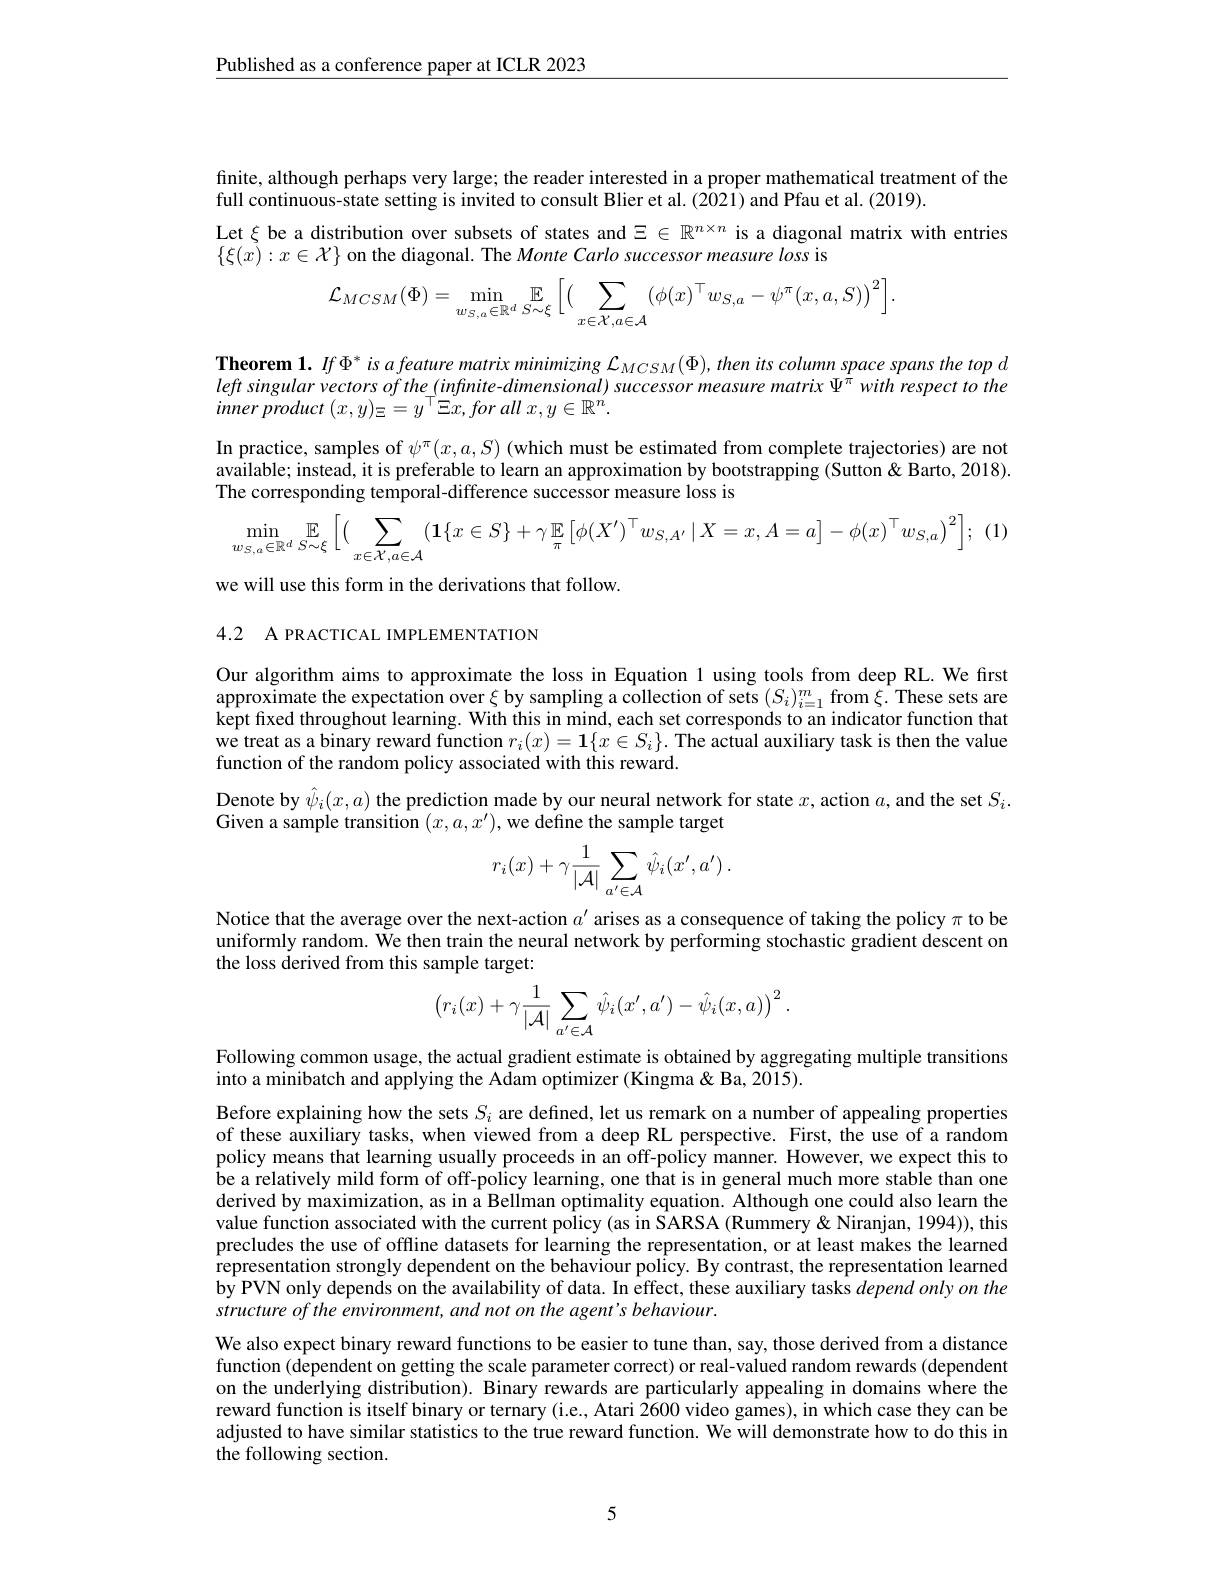
Published as a conference paper at ICLR 2023

finite, although perhaps very large; the reader interested in a proper mathematical treatment of the
full continuous-state setting is invited to consult Blier et al. (2021) and Pfau et al. (2019).
Let $\xi$ be a distribution over subsets of states and $\Xi\in\mathbb{R}^n\times n$ is a diagonal matrix with entries
$\{\xi(x):x\in\mathcal{X}\}$ on the diagonal. The Monte Carlo successor measure loss is
$$\mathcal{L}_{MCSM}(\Phi)=\operatorname*{min}_{w_{S,a}\in\mathbb{R}^{d}}\mathbb{E}_{S\sim\xi}\bigg[\big(\sum_{x\in\mathcal{X},a\in\mathcal{A}}\big(\phi(x)^{\top}w_{S,a}-\psi^{\pi}(x,a,S)\big)^{2}\bigg].$$
Theorem 1. $If\Phi^*$ is afeature matrix minimizing $\mathcal{L}_MCSM(\Phi),then$ its column space spans the top d $leftsingularvectorsofthe_{-}(infinite-dimensional)successormeasurematrix\Psi^{\pi}withrespecttothe$ inner product $( x, y) _{\Xi }= y^{\top }\Xi x, for$ all $x, y\in \mathbb{R} ^{n^{\prime }}.$

In practice, samples of $\psi^\pi(x,a,S)$ (which must be estimated from complete trajectories) are not available; instead, it is preferable to learn an approximation by bootstrapping (Sutton &Barto, 2018). The corresponding temporal-difference successor measure loss is
$$\min\limits_{w_{S,a}\in\mathbb{R}^{d}}\mathbb{E}\limits_{S\sim\xi}\Big[\big(\sum\limits_{x\in\mathcal{X},a\in\mathcal{A}}(\mathbf{1}\{x\in S\}+\gamma\:\mathbb{E}\left[\phi(X^{\prime})^{\top}w_{S,A^{\prime}}\:|\:X=x,A=a\big]-\phi(x)^{\top}w_{S,a}\big)^{2}\Big];\right.$$
we will use this form in the derivations that follow.

4.2 A PRACTICAL IMPLEMENTATION

Our algorithm aims to approximate the loss in Equation 1 using tools from deep RL. We first approximate the expectation over $\xi$ by sampling a collection of sets $(S_i)_{i=1}^m$ from $\xi.$ These sets are kept fixed throughout learning. With this in mind, each set corresponds to an indicator function that we treat as a binary reward function $r_i(x)=\mathbf{1}\{x\in S_i\}.$ The actual auxiliary task is then the value function of the random policy associated with this reward.

Denote by $\hat{\psi}_i(x,a)$ the prediction made by our neural network for state $x$, action $a$, and the set $S_i.$
Given a sample transition $(x,a,x^{\prime})$, we define the sample target
$$r_{i}(x)+\gamma\frac{1}{|\mathcal{A}|}\sum_{a'\in\mathcal{A}}\hat{\psi}_{i}(x',a')\:.$$
Notice that the average over the next-action $a^{\prime}$ arises as a consequence of taking the policy $\pi$ to be uniformly random. We then train the neural network by performing stochastic gradient descent on the loss derived from this sample target:
$$\begin{pmatrix}r_i(x)+\gamma\dfrac{1}{|\mathcal{A}|}\sum\limits_{a'\in\mathcal{A}}\hat{\psi}_i(x',a')-\hat{\psi}_i(x,a)\end{pmatrix}^2.$$
Following common usage, the actual gradient estimate is obtained by aggregating multiple transitions
into a minibatch and applying the Adam optimizer (Kingma&Ba, 2015).

Before explaining how the sets $S_i$ are defined, let us remark on a number of appealing properties of these auxiliary tasks, when viewed from a deep RL perspective. First, the use of a random policy means that learning usually proceeds in an off-policy manner. However, we expect this to be a relatively mild form of off-policy learning, one that is in general much more stable than one derived by maximization, as in a Bellman optimality equation. Although one could also learn the value function associated with the current policy (as in SARSA (Rummery & Niranjan, 1994)), this precludes the use of offline datasets for learning the representation, or at least makes the learned representation strongly dependent on the behaviour policy. By contrast, the representation learned by PVN only depends on the availability of data. In effect, these auxiliary tasks depend only on the structure of the environment, and not on the agent's behaviour.
We also expect binary reward functions to be easier to tune than, say, those derived from a distance function (dependent on getting the scale parameter correct) or real-valued random rewards (dependent on the underlying distribution). Binary rewards are particularly appealing in domains where the reward function is itself binary or ternary (i.e., Atari 2600 video games), in which case they can be adjusted to have similar statistics to the true reward function. We will demonstrate how to do this in the following section.

5